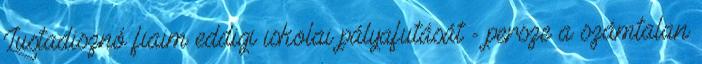
Lustadisznó fiaim eddigi iskolai pályafutását - persze a számtalan